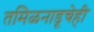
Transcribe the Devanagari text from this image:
तमिळनाडूचेही